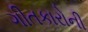
ગીતકારોની